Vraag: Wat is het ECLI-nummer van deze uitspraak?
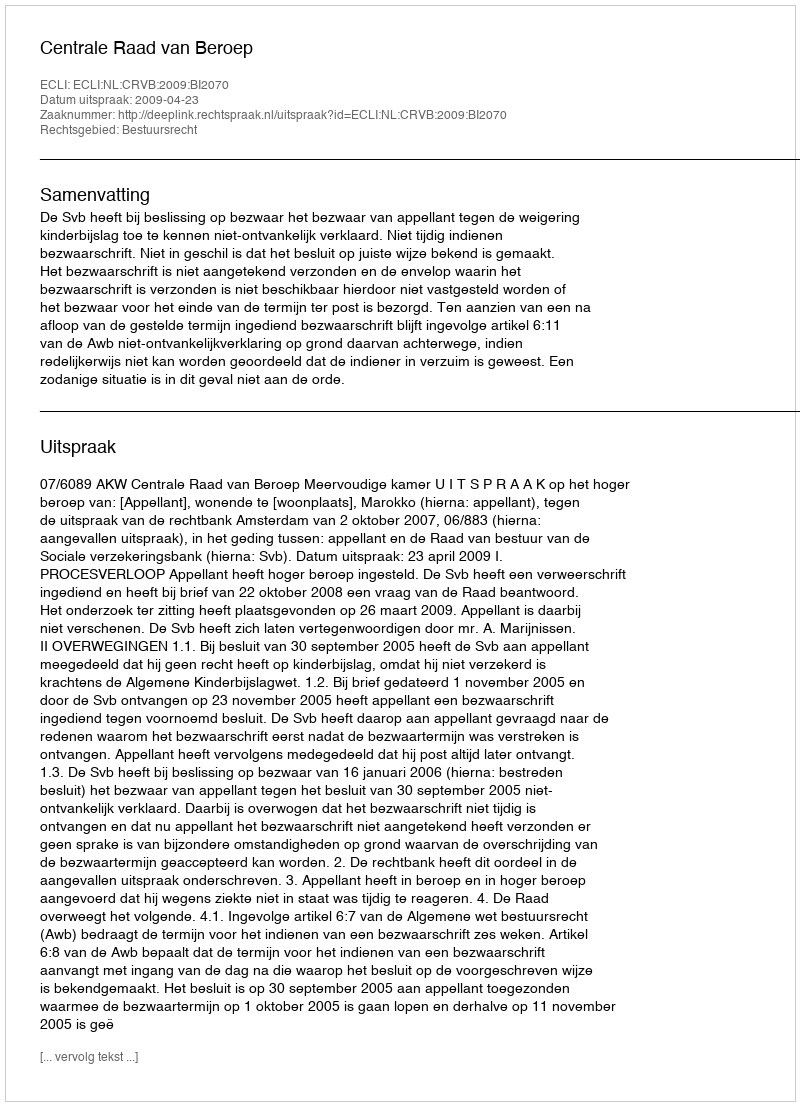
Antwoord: ECLI:NL:CRVB:2009:BI2070